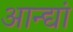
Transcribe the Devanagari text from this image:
आन्द्यां